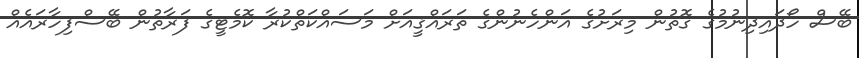
ބޭސް ހޯދައިދިނުމުގެ ގޮތުން މިރަށުގެ އަންހެނުންގެ ތަރައްޤީއަށް މަސައްކަތްކުރާ ކޮމެޓީގެ ފަރާތުން ބޭސްފިހާރައެއް